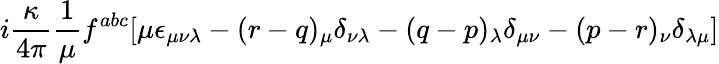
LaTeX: i\frac{\kappa}{4\pi}\frac{1}{\mu}f^{abc}[\mu\epsilon_{\mu\nu\lambda}-(r-q)_{\mu}\delta_{\nu\lambda}-(q-p)_{\lambda}\delta_{\mu\nu}-(p-r)_{\nu}\delta_{\lambda\mu}]